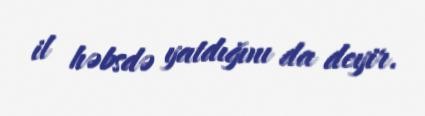
il həbsdə yatdığını da deyir.